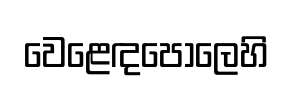
වෙළෙඳපොලෙහි